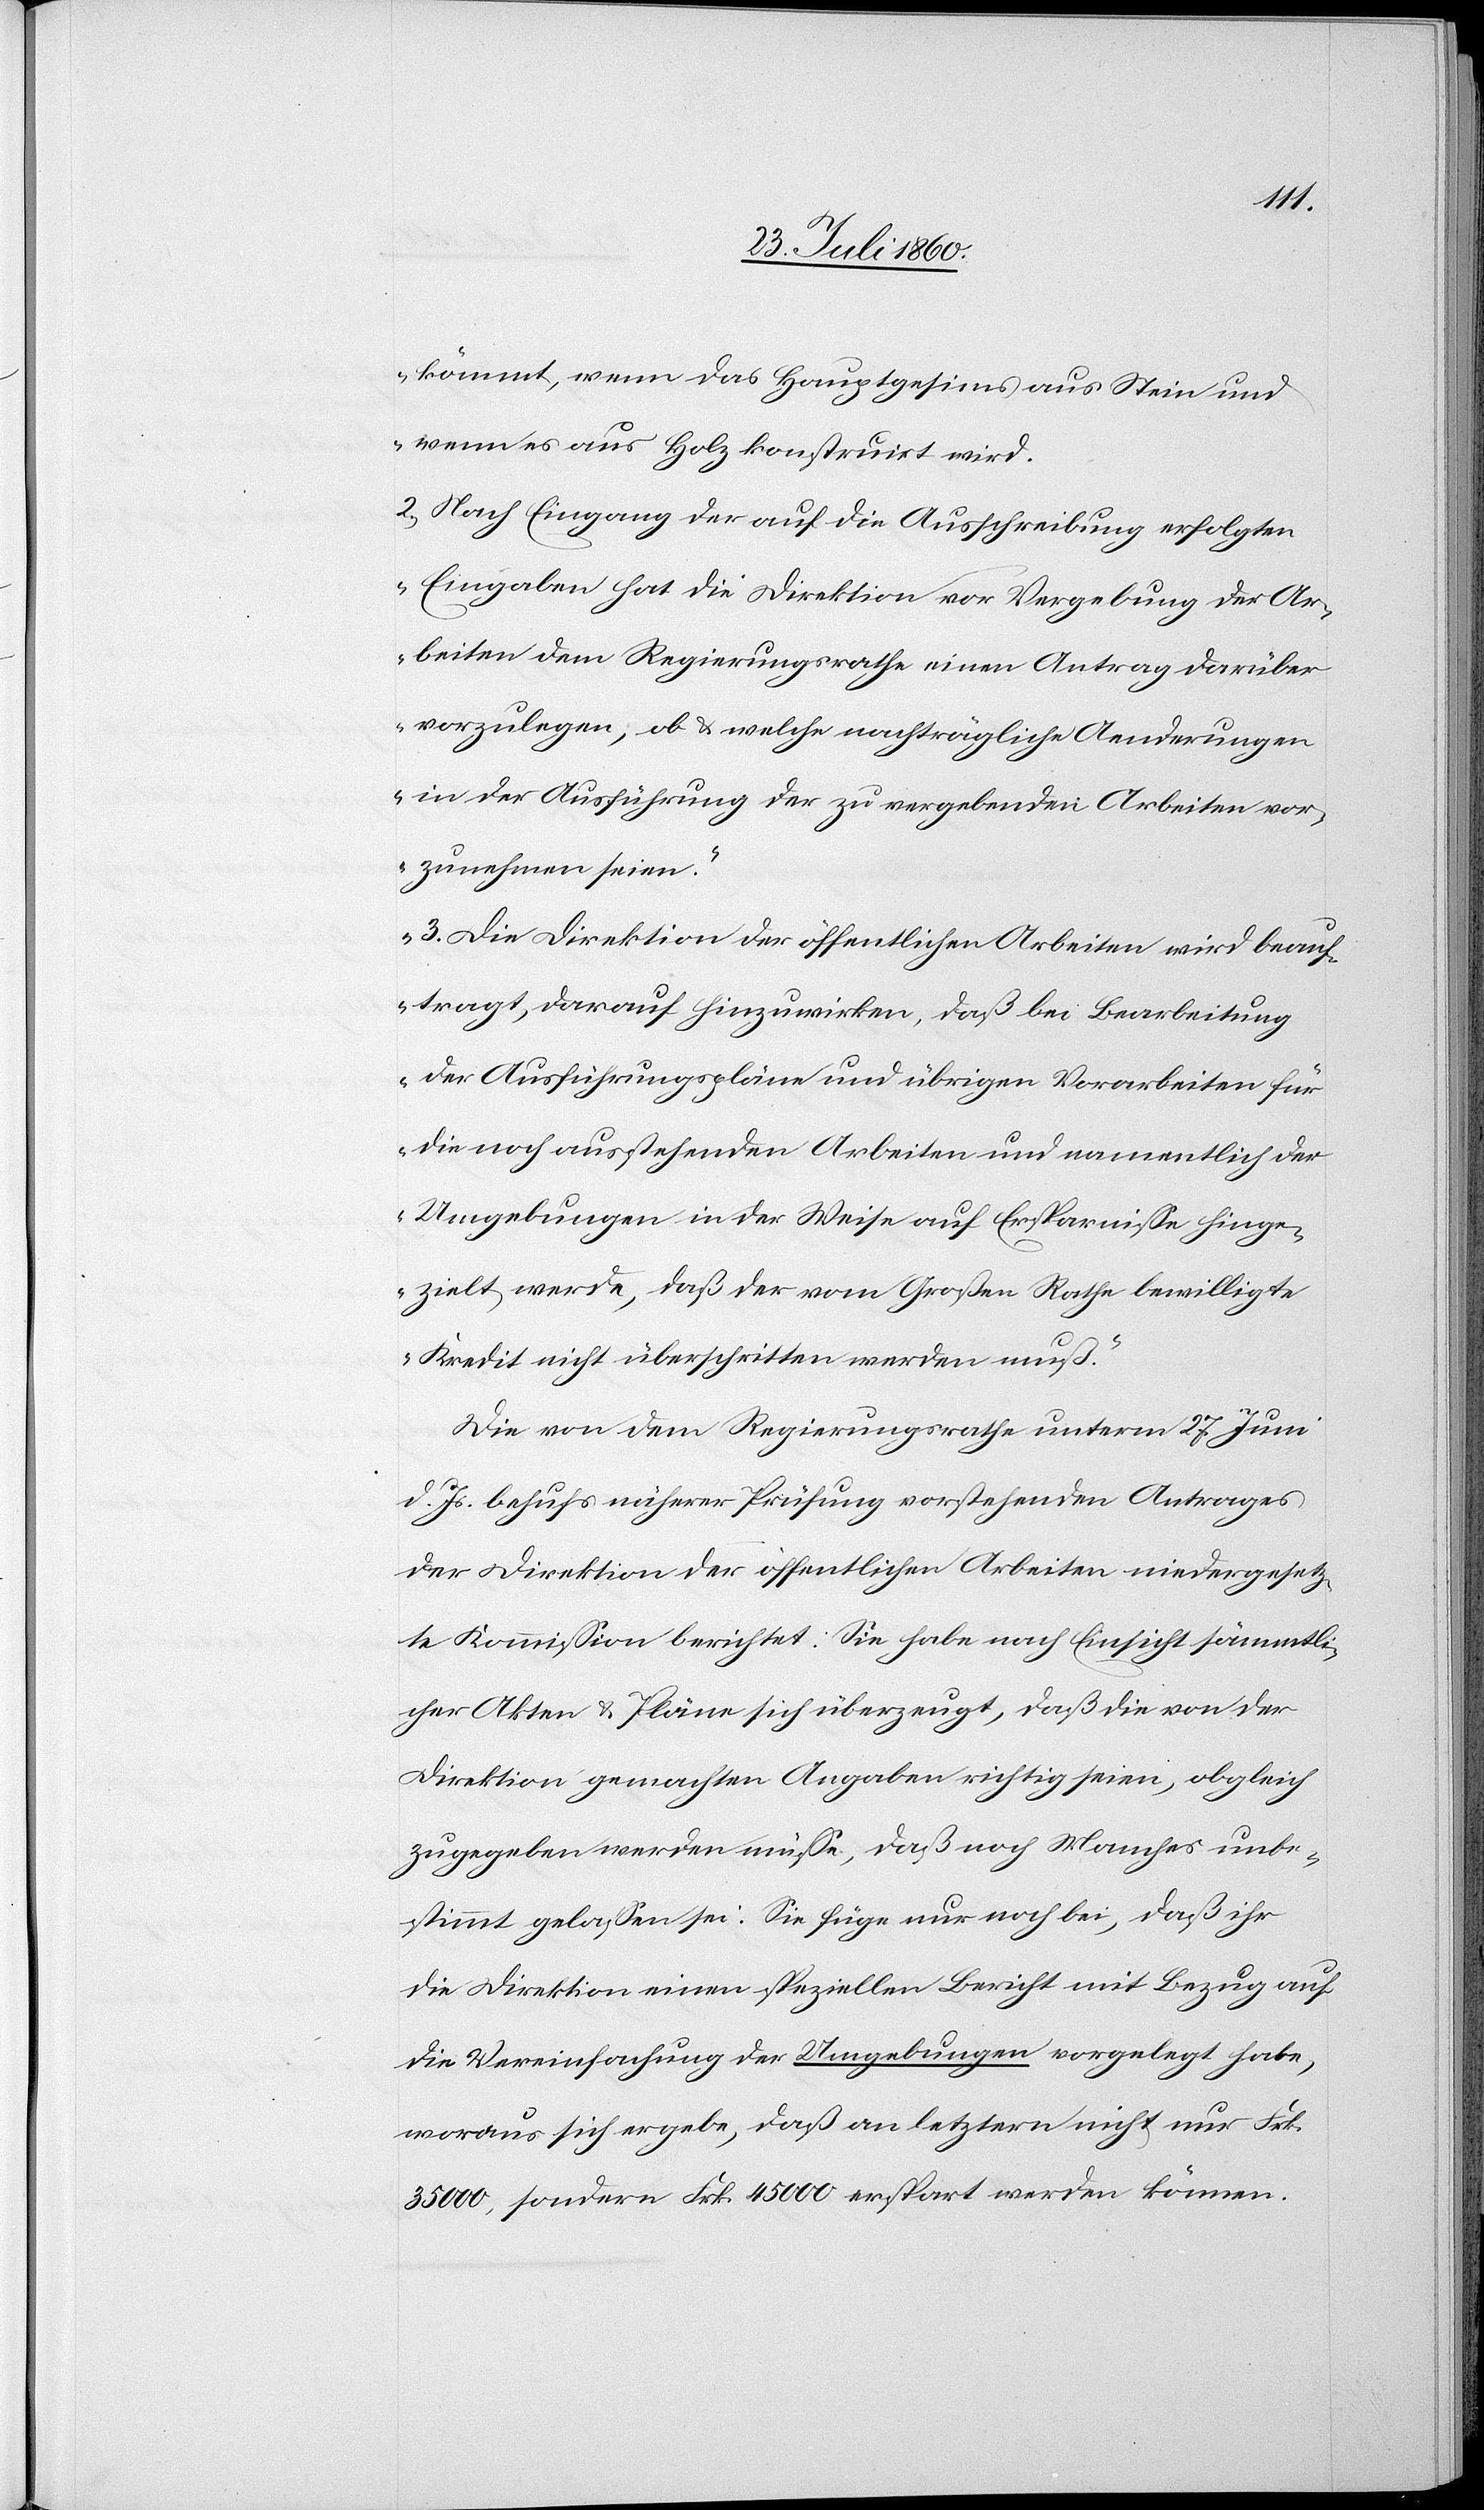
kömmt, wenn das Hauptgesims aus Stein und
wenn es aus Holz konstruirt wird.
2) Nach Eingang der auf die Ausschreibung erfolgten
Eingaben hat die Direktion vor Vergebung der Ar¬
beiten dem Regierungsrath einen Antrag darüber
vorzulegen, ob u. welche nachträgliche Aenderungen
in der Ausführung der zu vergebenden Arbeiten vor¬
zunehmen seien.
3) Die Direktion der öffentlichen Arbeiten wird beauf¬
tragt, darauf hinzuwirken, dass die Bearbeitung
der Ausführungspläne und übrigen Vorarbeiten für
die noch ausstehenden Arbeiten und namentlich der
Umgebungen in der Weise auf Ersparnisse hinge¬
zielt werde, dass der vom Grossen Rath bewilligte
Kredit nicht überschritten werden muss.“
Die von dem Regierungsrathe unterm 27. Juni
d. Js. behufs näherer Prüfung vorstehenden Antrages
der Direktion der öffentlichen Arbeiten niedergesetz¬
te Kommission berichtet: sie habe nach Einsicht sämmtli¬
cher Akten und Pläne sich überzeugt, das die von der
Direktion gemachten Angaben richtig seien, obgleich
zugegeben werden müsse, dass noch Manches unbe¬
stimmt gelassen sei. Sie füge nur noch bei, dass ihr
die Direktion einen speziellen Bericht mit Bezug auf
die Vereinfachung der Umgebungen vorgelegt habe,
woraus sich ergebe, dass an letztern nicht nur fcs.